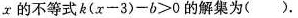
x的不等式$$k ( x - 3 ) - b > 0$$的解集为（）.